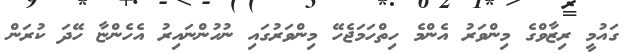
ގައުމީ ރިޒާވްގެ މިންވަރު އެންމެ ހިތްހަމަޖެހޭ މިންވަރުގައި ނުހުންނައިރު އެހެންޏާ ހޭދަ ކުރަން